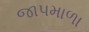
જાપમાળા